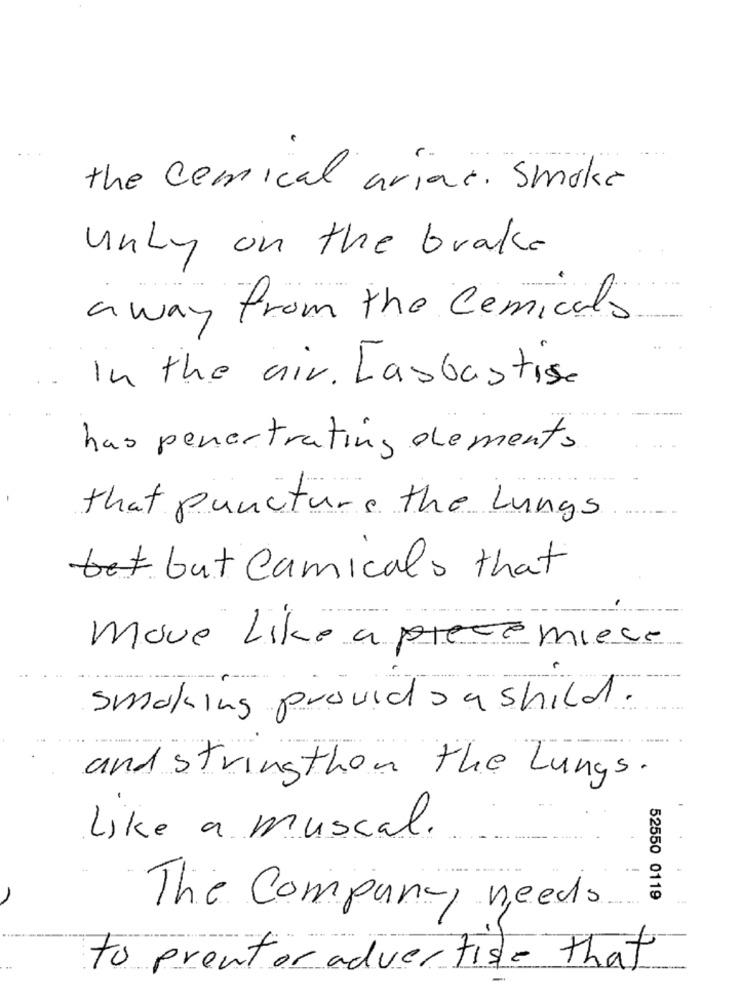
the cemical arias. Smoke
unly on the brake
a way from the cemicals
In the air. Lasbastisc
has penetrating elements
-
that puncture the Lungs
bet but Camicals that
move Like a piece miece
smoking provid sushild.
.....
and stringthon the Lungs.
Like a musical.
52550 0119
The Company needs
to prenfor advertise that